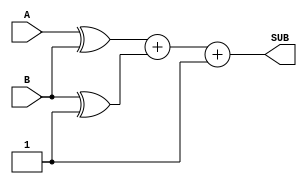
module gate_level_subtractor(
    input [3:0] A, // 4-bit input number A
    input [3:0] B, // 4-bit input number B
    output reg [3:0] SUB // 4-bit output for the subtraction result
);

// Define internal signals for intermediate calculations
wire [4:0] A_xor_B; // XOR result of A and B
wire [4:0] B_xor_one; // XOR result of B and 1 (for 2's complement)
wire carry_in;
wire carry_out;

// Perform the subtraction operation using basic logic gates
assign A_xor_B = A ^ B; // XOR operation
assign B_xor_one = {4'b0, B} ^ 4'b1; // XOR operation to get 2's complement of B

assign carry_in = 1; // Set initial carry-in as 1
assign {carry_out, SUB} = A_xor_B + B_xor_one + carry_in; // Adding XOR results and carry

endmodule